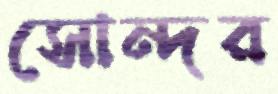
সোন্দর